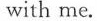
with me.